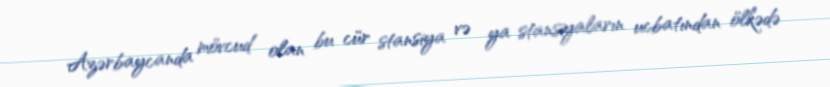
Azərbaycanda mövcud olan bu cür stansiya və ya stansiyaların ucbatından ölkədə